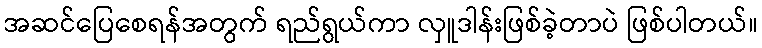
အဆင်ပြေစေရန်အတွက် ရည်ရွယ်ကာ လှူဒါန်းဖြစ်ခဲ့တာပဲ ဖြစ်ပါတယ်။